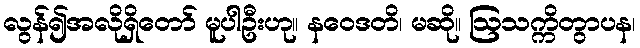
လွန်၍အလိုရှိတော် မူပါဦးဟု။ နဝေဒတိ၊ မဆို။ ဩသက္ကိတွာပန၊